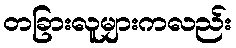
တခြားလူများကလည်း